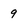
Character: 9